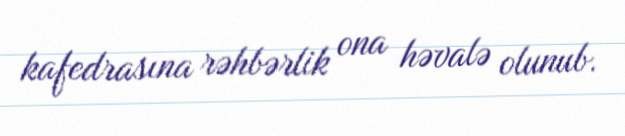
kafedrasına rəhbərlik ona həvalə olunub.